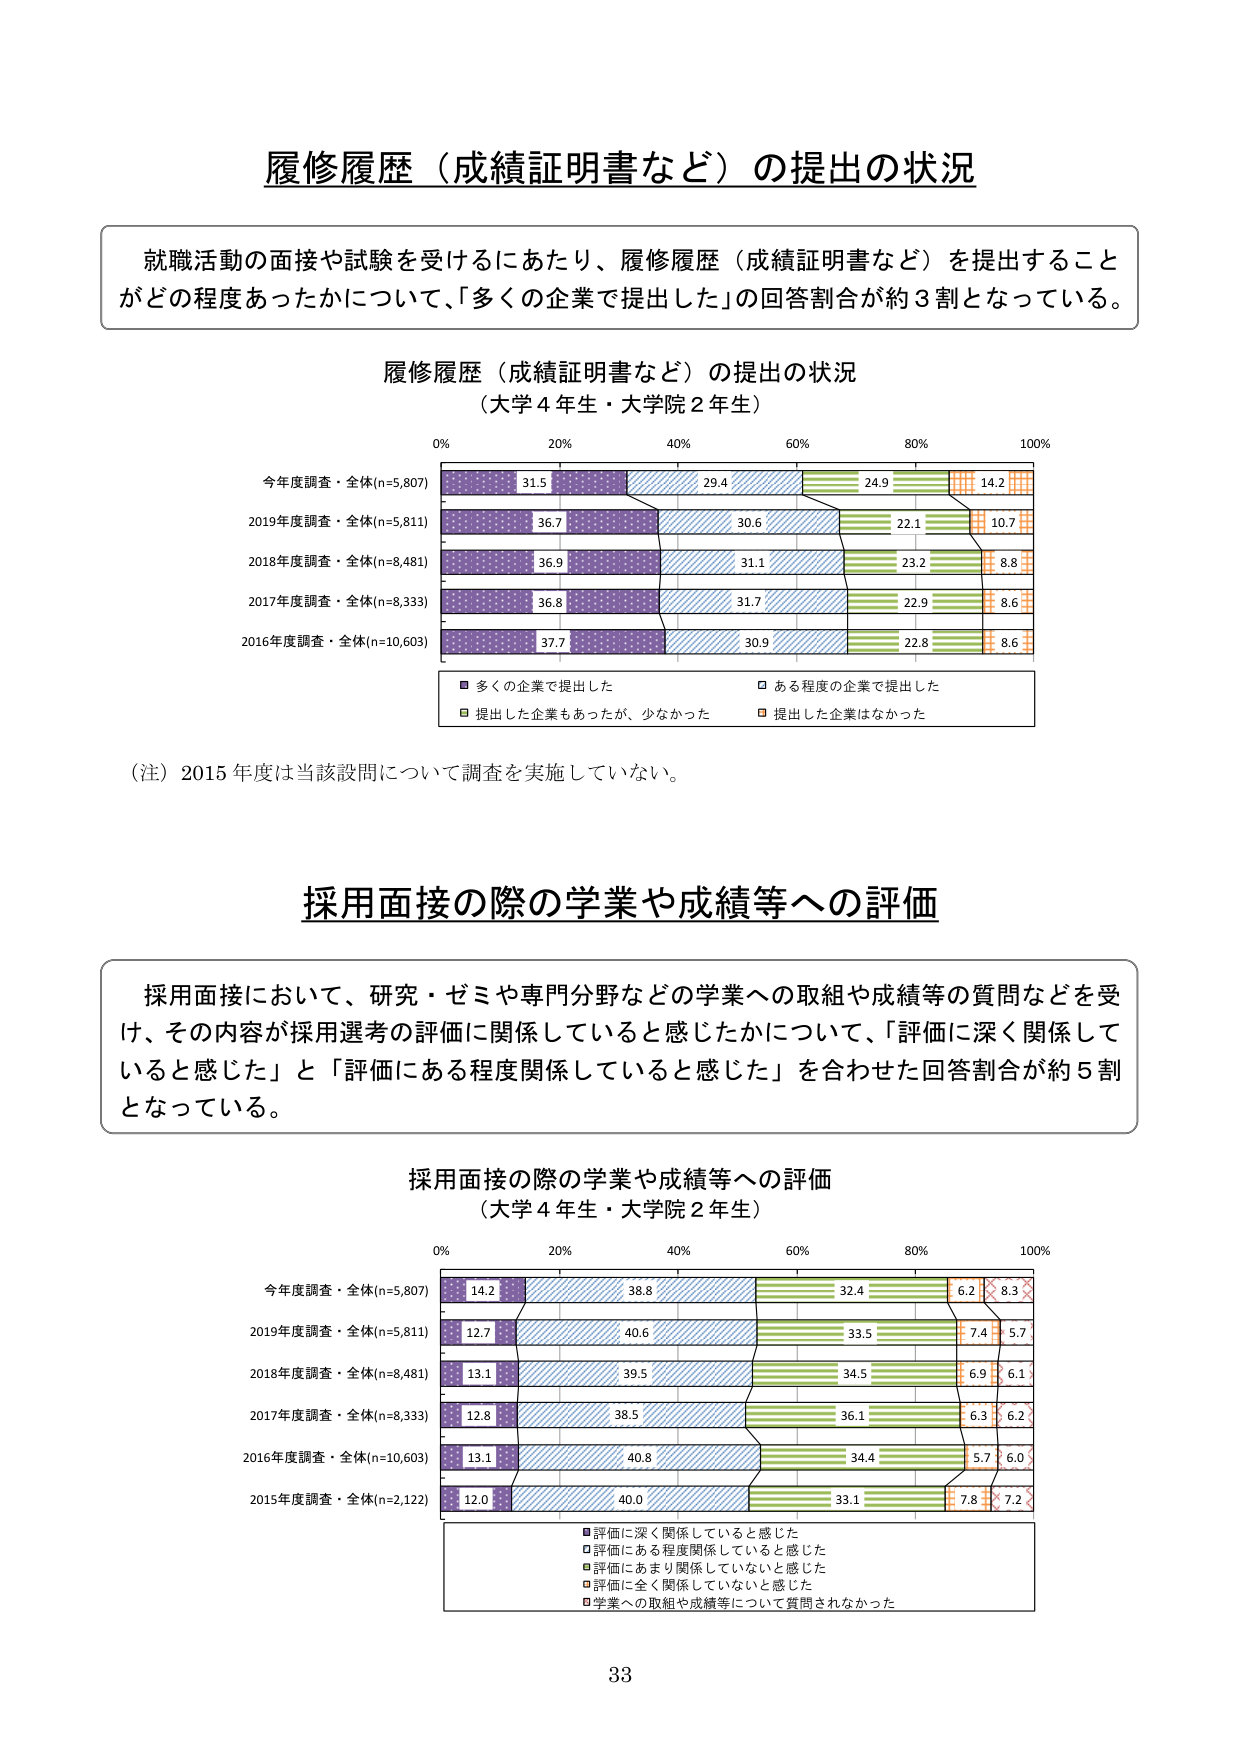
履修履歴（成績証明書など）の提出の状況

就職活動の面接や試験を受けるにあたり、履修履歴（成績証明書など）を提出することがどの程度あったかについて、「多くの企業で提出した」の回答割合が約3割となっている。

履修履歴（成績証明書など）の提出の状況
（大学4年生・大学院2年生）

0% 20% 40% 60% 80% 100%

今年度調査・全体(n=5,807) 31.5 29.4 24.9 14.2
2019年度調査・全体(n=5,811) 36.7 30.6 22.1 10.7
2018年度調査・全体(n=8,481) 36.9 31.1 23.2 8.8
2017年度調査・全体(n=8,333) 36.8 31.7 22.9 8.6
2016年度調査・全体(n=10,603) 37.7 30.9 22.8 8.6

■ 多くの企業で提出した
□ ある程度の企業で提出した
■ 提出した企業もあったが、少なかった
■ 提出した企業はなかった

（注）2015年度は当該質問について調査を実施していない。

採用面接の際の学業や成績等への評価

採用面接において、研究・ゼミや専門分野などの学業への取組や成績等の質問などを受け、その内容が採用選考の評価に関係していると感じたかについて、「評価に深く関係していると感じた」と「評価にある程度関係していると感じた」を合わせた回答割合が約5割となっている。

採用面接の際の学業や成績等への評価
（大学4年生・大学院2年生）

0% 20% 40% 60% 80% 100%

今年度調査・全体(n=5,807) 14.2 38.8 32.4 6.2 8.3
2019年度調査・全体(n=5,811) 12.7 40.6 33.5 7.4 5.7
2018年度調査・全体(n=8,481) 13.1 39.5 34.5 6.9 6.1
2017年度調査・全体(n=8,333) 12.8 38.5 36.1 6.3 6.2
2016年度調査・全体(n=10,603) 13.1 40.8 34.4 5.7 6.0
2015年度調査・全体(n=2,122) 12.0 40.0 33.1 7.8 7.2

■ 評価に深く関係していると感じた
□ 評価にある程度関係していると感じた
■ 評価にあまり関係していないと感じた
■ 評価に全く関係していないと感じた
■ 学業への取組や成績等について質問されなかった

33